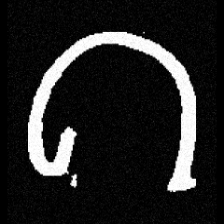
Pyu character \u2014 Myanmar letter: ဂ (romanized: ga)